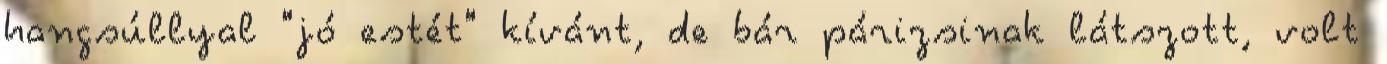
hangsúllyal "jó estét" kívánt, de bár párizsinak látszott, volt